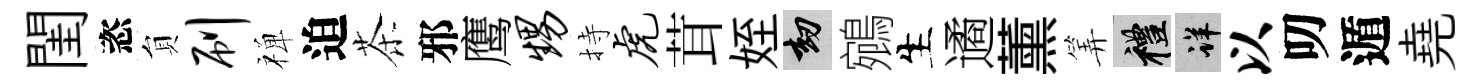
閨恣貟刷禅迫茶邪鹰甥持虎茸姪劫鵷生遹薰筭禮详以叨遁堯